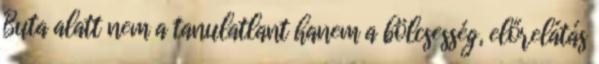
Buta alatt nem a tanulatlant hanem a bölcsesség, előrelátás